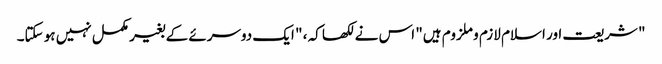
" شریعت اور اسلام لازم و ملزوم ہیں" اس نے لکھا کہ ، " ایک دوسرئے کے بغیر مکمل نہیں ہو سکتا۔